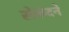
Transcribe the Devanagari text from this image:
सेकंदने